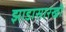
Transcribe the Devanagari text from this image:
झाडासारखी